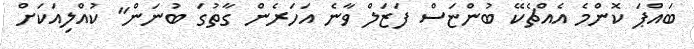
ބައްޕަ ކޮންމެ އެއްޗެކޭ ބުންޏަސް ފަޒަލް ވާނެ އަހަރެން ގާތުގަ ބުނަން" ކުއްލިއަކަށް